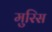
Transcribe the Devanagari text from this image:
मुरिस